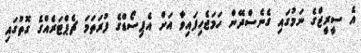
އެ ސީރީޒްގެ ނަމުގައި ގެނެސްދޭން ހަމަޖެހިފައިވާ އަށް އެޕިސޯޑްގެ ފުރަތަމަ ޗެޕްޓަރެއްގެ ގޮތުގައި